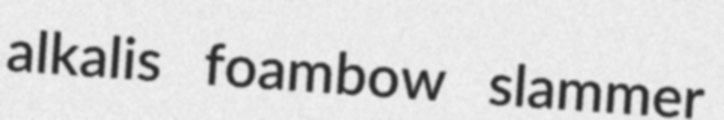
alkalis foambow slammer